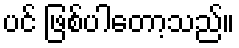
ပင် ဖြစ်ပါတော့သည်။